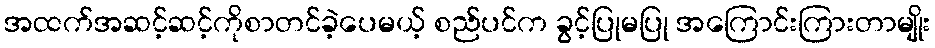
အထက်အဆင့်ဆင့်ကိုစာတင်ခဲ့ပေမယ့် စည်ပင်က ခွင့်ပြုမပြု အကြောင်းကြားတာမျိုး